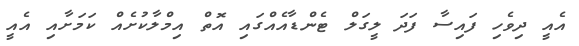
އެއީ ދިވެހި ފައިސާ ފަދަ ލީގަލް ޓެންޑާއެއްގައި އޮތް އިމްލާކުށެއް ކަމަށާއި އެއީ